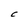
Character: C